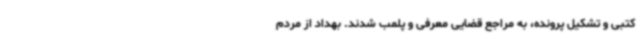
کتبی و تشکیل پرونده، به مراجع قضایی معرفی و پلمب شدند. بهداد از مردم